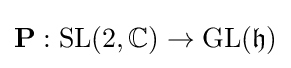
\mathbf {P} :{\text{SL}}(2,\mathbb {C} )\to {\text{GL}}({\mathfrak {h}})